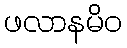
ဖလာနမိဝ